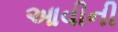
આવીની